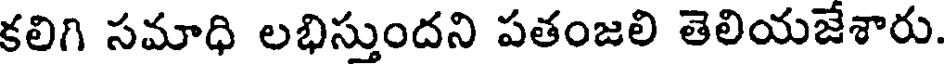
కలిగి సమాధి లభిస్తుందని పతంజలి తెలియజేశారు